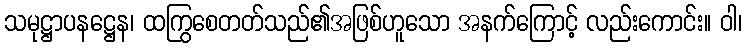
သမုဋ္ဌာပနဋ္ဌေန၊ ထကြွစေတတ်သည်၏အဖြစ်ဟူသော အနက်ကြောင့် လည်းကောင်း။ ဝါ၊